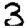
Digit: 3